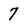
Character: 7